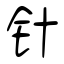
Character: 针